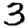
Digit: 3